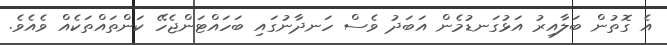
އެ ގޮތުން ބަލާއިރު އަޅުގަނޑުމެން އަބަދު ވެސް ހަނދާނުގައި ބަހައްޓަންޖެހޭ ކަންތައްތަކެއް ވެއެވެ.